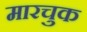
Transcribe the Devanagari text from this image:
मारचुक